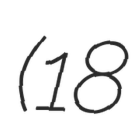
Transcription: (18